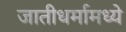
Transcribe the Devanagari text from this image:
जातीधर्मामध्ये